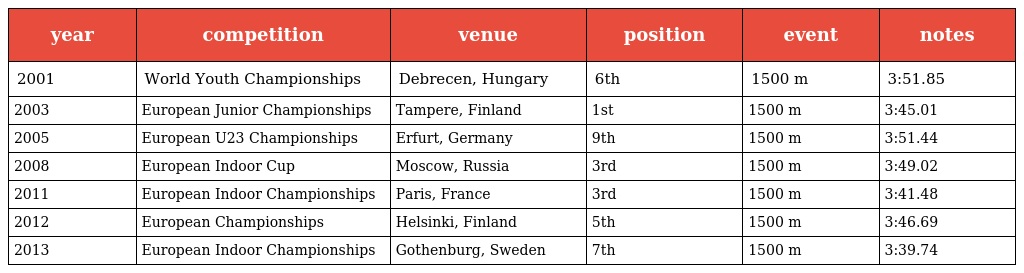
| year | competition | venue | position | event | notes |
 | --- | --- | --- | --- | --- | --- |
 | 2001 | World Youth Championships | Debrecen, Hungary | 6th | 1500 m | 3:51.85 |
 | 2003 | European Junior Championships | Tampere, Finland | 1st | 1500 m | 3:45.01 |
 | 2005 | European U23 Championships | Erfurt, Germany | 9th | 1500 m | 3:51.44 |
 | 2008 | European Indoor Cup | Moscow, Russia | 3rd | 1500 m | 3:49.02 |
 | 2011 | European Indoor Championships | Paris, France | 3rd | 1500 m | 3:41.48 |
 | 2012 | European Championships | Helsinki, Finland | 5th | 1500 m | 3:46.69 |
 | 2013 | European Indoor Championships | Gothenburg, Sweden | 7th | 1500 m | 3:39.74 |